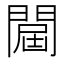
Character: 𨵠